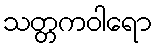
သတ္တကဝါရော